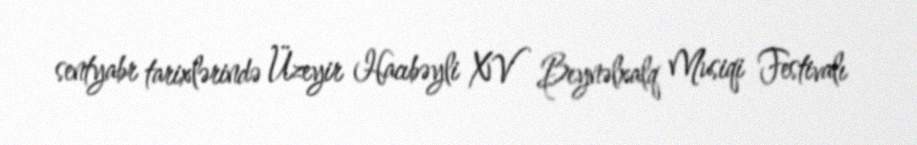
sentyabr tarixlərində Üzeyir Hacıbəyli XV Beynəlxalq Musiqi Festivalı